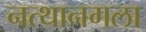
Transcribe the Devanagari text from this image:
नत्थानगला